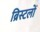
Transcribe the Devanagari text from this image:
ब्रिस्टलों